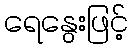
ရေနွေးဖြင့်